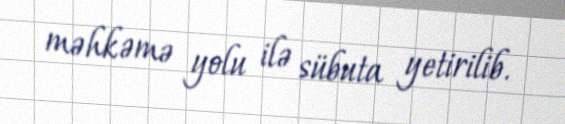
məhkəmə yolu ilə sübuta yetirilib.